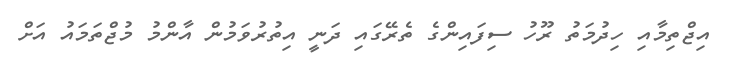
އިޖްތިމާއި ހިދުމަތު ރޫހު ސިފައިންގެ ތެރޭގައި ދަނީ އިތުރުވަމުން އާންމު މުޖްތަމައު އަށް